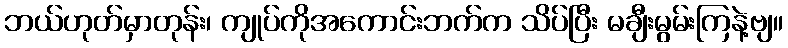
ဘယ်ဟုတ်မှာတုန်း၊ ကျုပ်ကိုအကောင်းဘက်က သိပ်ပြီး မချီးမွမ်းကြနဲ့ဗျ။